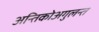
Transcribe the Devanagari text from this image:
अन्तिकोअगुलन्त